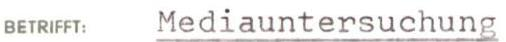
BETRIFFT: Mediauntersuchung